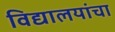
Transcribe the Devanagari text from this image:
विद्यालयांचा